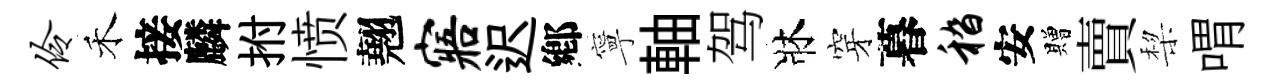
伶禾接麟拊愤翹寤迟鄕寧軸驾牀穿暮嵇安贈賣棃喟